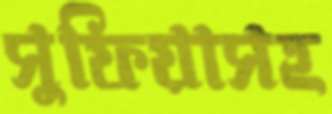
সুফিয়াসহ